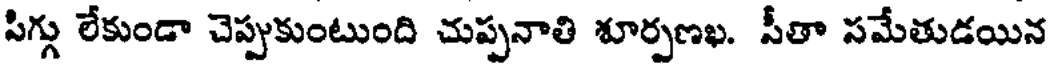
సిగ్గు లేకుండా చెప్పుకుంటుంది చుప్పనాతి శూర్పణఖ. సీతా సమేతుడయిన